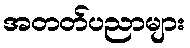
အတတ်ပညာများ